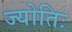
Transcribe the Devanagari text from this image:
ज्योतिः